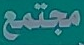
مجتمع